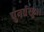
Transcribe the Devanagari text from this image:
पुनर्वसुः।।